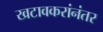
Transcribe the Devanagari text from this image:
खटावकरांनंतर